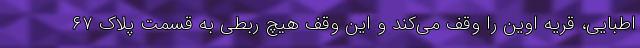
اطبایی، قریه اوین را وقف می‌کند و این وقف هیچ ربطی به قسمت پلاک ۶۷